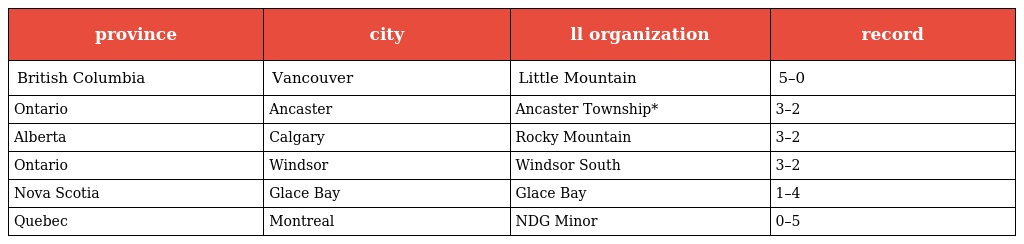
| province | city | ll organization | record |
 | --- | --- | --- | --- |
 | British Columbia | Vancouver | Little Mountain | 5–0 |
 | Ontario | Ancaster | Ancaster Township* | 3–2 |
 | Alberta | Calgary | Rocky Mountain | 3–2 |
 | Ontario | Windsor | Windsor South | 3–2 |
 | Nova Scotia | Glace Bay | Glace Bay | 1–4 |
 | Quebec | Montreal | NDG Minor | 0–5 |